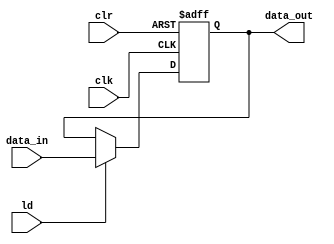
`timescale 1ns / 1ps
//////////////////////////////////////////////////////////////////////////////////
// Company: 
// Engineer: 
// 
// Design Name: 
// Module Name: d_flip_flop
// Project Name: 
// Target Devices: 
// Tool Versions: 
// Description: 
// 
// Dependencies: 
// 
// Revision:
// Revision 0.01 - File Created
// Additional Comments:
// 
//////////////////////////////////////////////////////////////////////////////////


module d_flip_flop(clr, ld, clk, data_in, data_out);
input clr, ld, clk;
input [3:0] data_in;
output [3:0] data_out;
reg [3:0] data_out;

always@(posedge clr or posedge clk)
begin
    if (clr) data_out <= 0;
    else if (ld) data_out <= data_in;

end 
endmodule